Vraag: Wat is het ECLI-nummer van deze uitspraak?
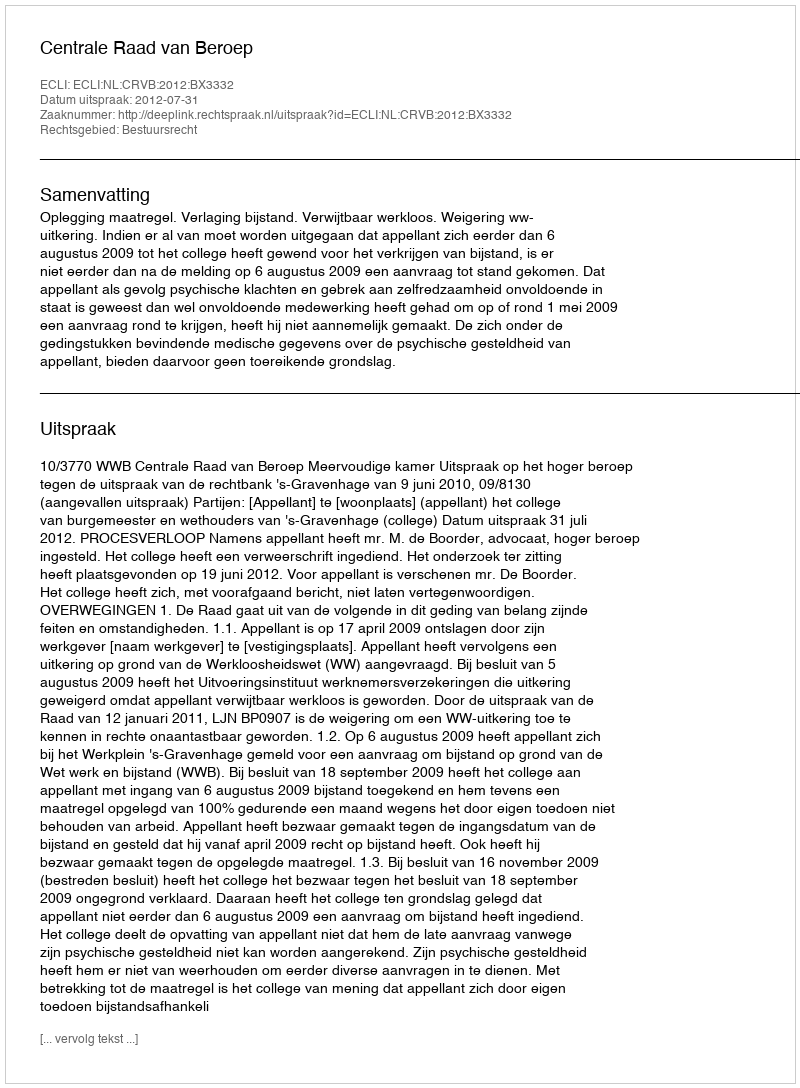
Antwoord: ECLI:NL:CRVB:2012:BX3332